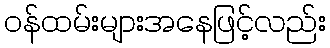
ဝန်ထမ်းများအနေဖြင့်လည်း